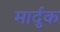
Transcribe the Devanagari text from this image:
मार्दुक